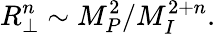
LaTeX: R_{\perp}^{n}\sim M_{P}^{2}/M_{I}^{2+n}.